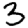
Digit: 3